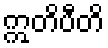
ဣတိပီတိ